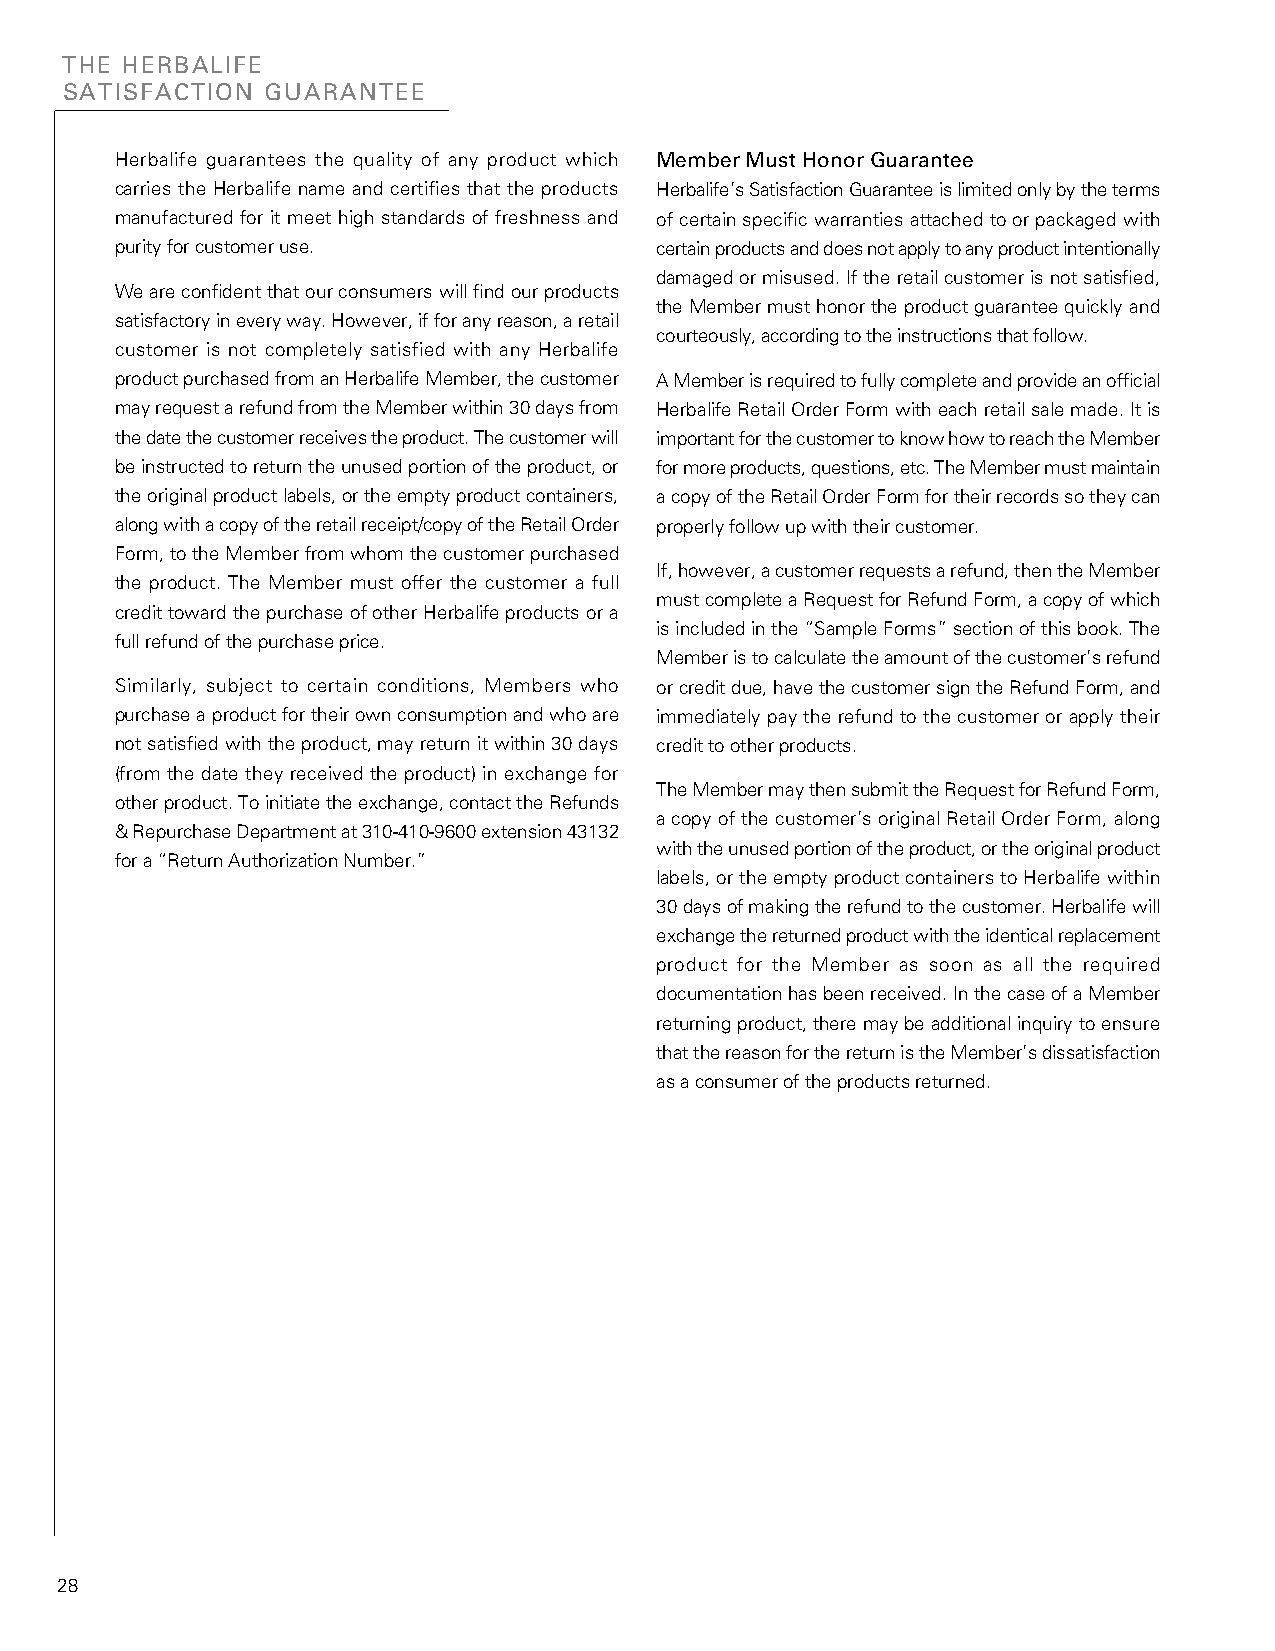
THE HERBALIFE
 SATISFACTION  GUARANTEE
 Herbalife guarantees the quality of any product which Member Must Honor Guarantee
 carries the Herbalife name and certifies that the products Herbalife’s Satisfaction Guarantee is limited only by the terms
 manufactured for it meet high standards of freshness and of certain specific warranties attached to or packaged with
 purity for customer use.           certain products and does not apply to any product intentionally
 damaged or misused. If the retail customer is not satisfied,
 We are confident that our consumers will find our products
 the Member must honor the product guarantee quickly and
 satisfactory in every way. However, if for any reason, a retail
 courteously, according to the instructions that follow.
 customer is not completely satisfied with any Herbalife
 product purchased from an Herbalife Member, the customer A Member is required to fully complete and provide an official
 may request a refund from the Member within 30 days from Herbalife Retail Order Form with each retail sale made. It is
 the date the customer receives the product. The customer will important for the customer to know how to reach the Member
 be instructed to return the unused portion of the product, or for more products, questions, etc. The Member must maintain
 the original product labels, or the empty product containers, a copy of the Retail Order Form for their records so they can
 along with a copy of the retail receipt/copy of the Retail Order properly follow up with their customer.
 Form, to the Member from whom the customer purchased
 If, however, a customer requests a refund, then the Member
 the product. The Member must offer the customer a full
 must complete a Request for Refund Form, a copy of which
 credit toward the purchase of other Herbalife products or a
 is included in the “Sample Forms” section of this book. The
 full refund of the purchase price.
 Member is to calculate the amount of the customer’s refund
 Similarly, subject to certain conditions, Members who or credit due, have the customer sign the Refund Form, and
 purchase a product for their own consumption and who are immediately pay the refund to the customer or apply their
 not satisfied with the product, may return it within 30 days credit to other products.
 (from the date they received the product) in exchange for
 The Member may then submit the Request for Refund Form,
 other product. To initiate the exchange, contact the Refunds
 a copy of the customer’s original Retail Order Form, along
 & Repurchase Department at 310-410-9600 extension 43132
 with the unused portion of the product, or the original product
 for a “Return Authorization Number.”
 labels, or the empty product containers to Herbalife within
 30 days of making the refund to the customer. Herbalife will
 exchange the returned product with the identical replacement
 product for the Member as soon as all the required
 documentation has been received. In the case of a Member
 returning product, there may be additional inquiry to ensure
 that the reason for the return is the Member’s dissatisfaction
 as a consumer of the products returned.
 28